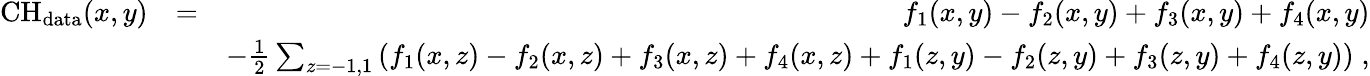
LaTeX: \begin{array}{rlr}{\mathrm{CH}_{\mathrm{data}}(x,y)}&{=}&{f_{1}(x,y)-f_{2}(x,y)+f_{3}(x,y)+f_{4}(x,y)}\\ &{}&{-\frac{1}{2}\sum_{z=-1,1}\left(f_{1}(x,z)-f_{2}(x,z)+f_{3}(x,z)+f_{4}(x,z)+f_{1}(z,y)-f_{2}(z,y)+f_{3}(z,y)+f_{4}(z,y)\right)\; ,}\end{array}